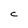
Character: C